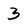
Character: 3